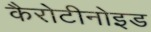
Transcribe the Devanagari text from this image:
कैरोटीनोइड